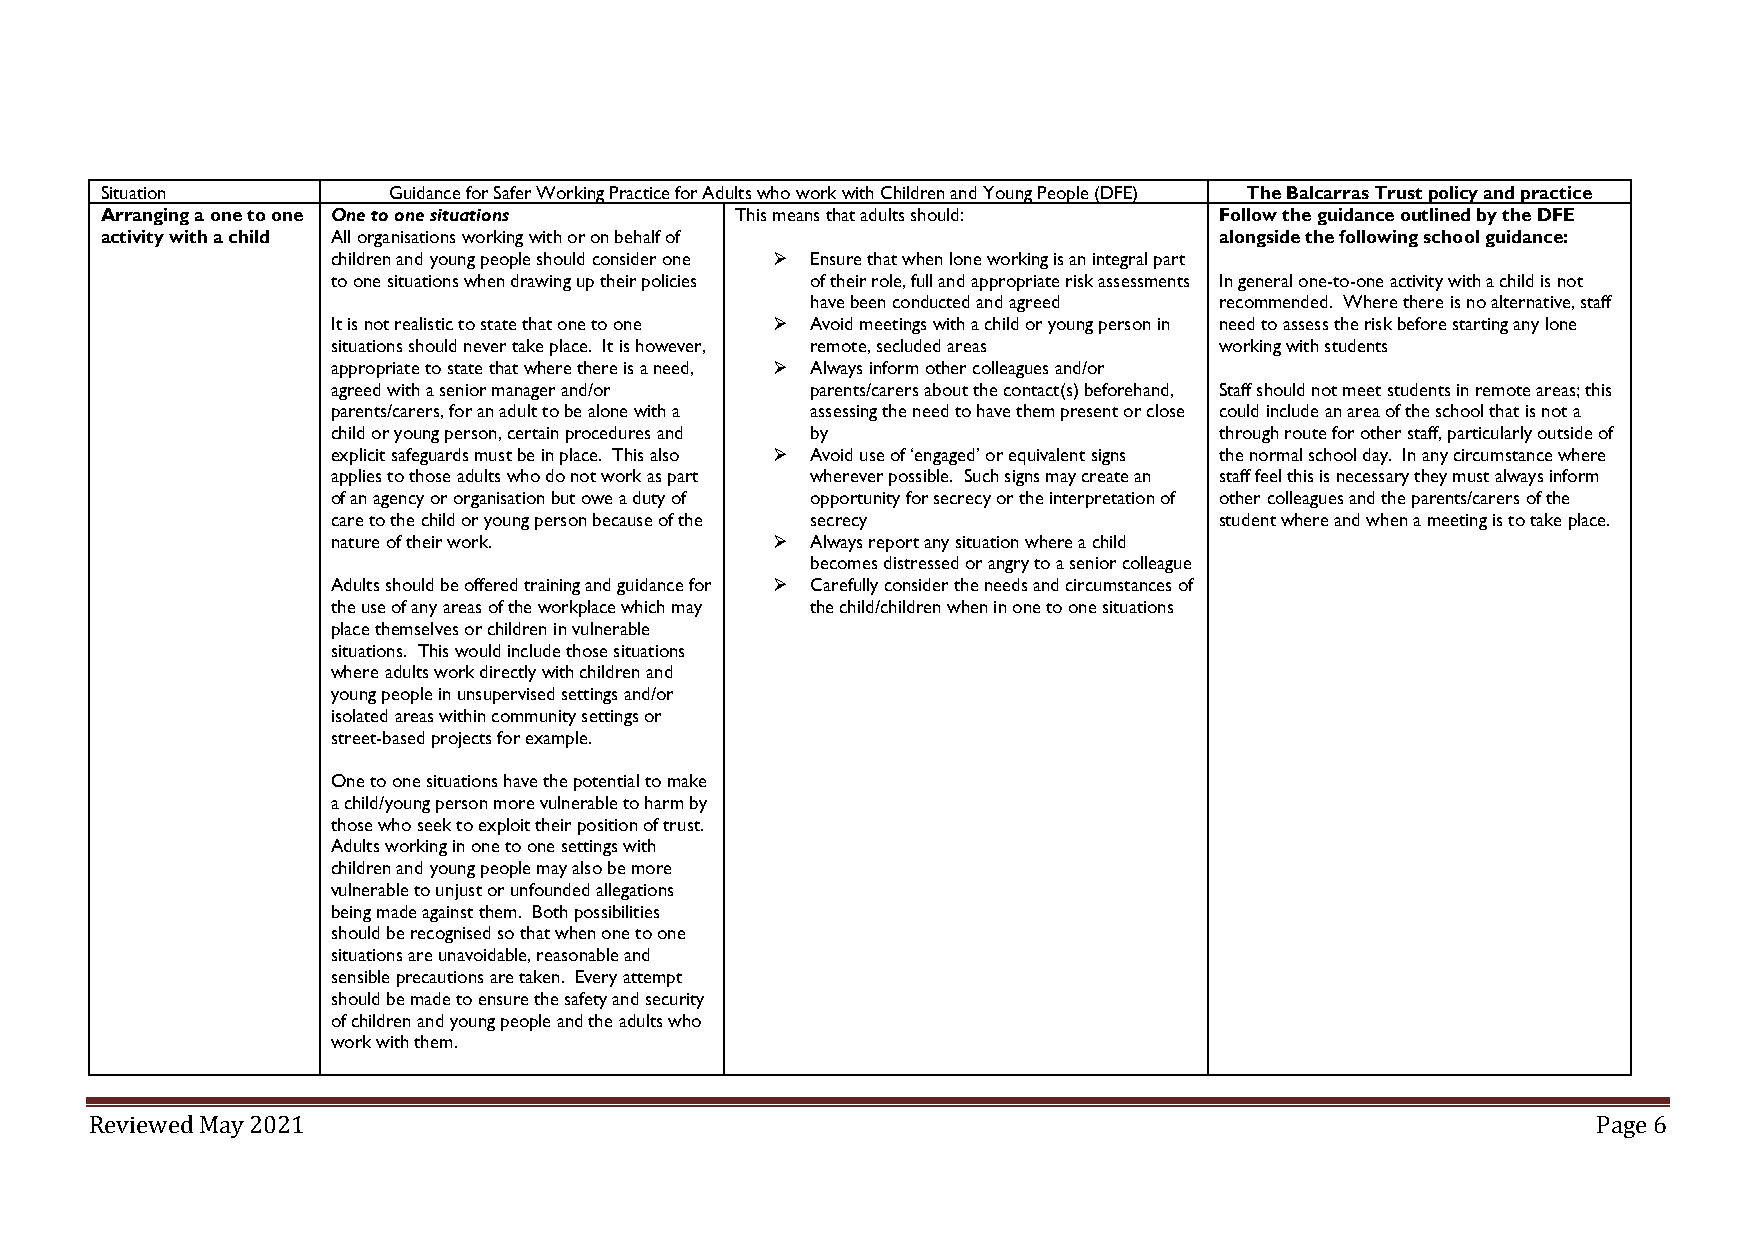
Situation          Guidance for Safer Working Practice for Adults who work with Children and Young People (DFE) The Balcarras Trust policy and practice
 Arranging a one to one One to one situations This means that adults should: Follow the guidance outlined by the DFE
 activity with a child All organisations working with or on behalf of      alongside the following school guidance:
 children and young people should consider one ➢ Ensure that when lone working is an integral part
 to one situations when drawing up their policies of their role, full and appropriate risk assessments In general one-to-one activity with a child is not
 have been conducted and agreed recommended. Where there is no alternative, staff
 It is not realistic to state that one to one ➢ Avoid meetings with a child or young person in need to assess the risk before starting any lone
 situations should never take place. It is however, remote, secluded areas working with students
 appropriate to state that where there is a need, ➢ Always inform other colleagues and/or
 agreed with a senior manager and/or parents/carers about the contact(s) beforehand, Staff should not meet students in remote areas; this
 parents/carers, for an adult to be alone with a assessing the need to have them present or close could include an area of the school that is not a
 child or young person, certain procedures and by           through route for other staff, particularly outside of
 explicit safeguards must be in place. This also ➢ Avoid use of ‘engaged’ or equivalent signs the normal school day. In any circumstance where
 applies to those adults who do not work as part wherever possible. Such signs may create an staff feel this is necessary they must always inform
 of an agency or organisation but owe a duty of opportunity for secrecy or the interpretation of other colleagues and the parents/carers of the
 care to the child or young person because of the secrecy   student where and when a meeting is to take place.
 nature of their work.        ➢  Always report any situation where a child
 becomes distressed or angry to a senior colleague
 Adults should be offered training and guidance for ➢ Carefully consider the needs and circumstances of
 the use of any areas of the workplace which may the child/children when in one to one situations
 place themselves or children in vulnerable
 situations. This would include those situations
 where adults work directly with children and
 young people in unsupervised settings and/or
 isolated areas within community settings or
 street-based projects for example.
 One to one situations have the potential to make
 a child/young person more vulnerable to harm by
 those who seek to exploit their position of trust.
 Adults working in one to one settings with
 children and young people may also be more
 vulnerable to unjust or unfounded allegations
 being made against them. Both possibilities
 should be recognised so that when one to one
 situations are unavoidable, reasonable and
 sensible precautions are taken. Every attempt
 should be made to ensure the safety and security
 of children and young people and the adults who
 work with them.
 Reviewed May 2021                                                                                   Page 6